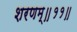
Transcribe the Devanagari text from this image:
शरणम्॥११॥